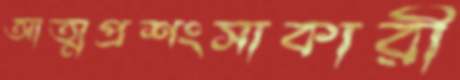
আত্মপ্রশংসাকারী